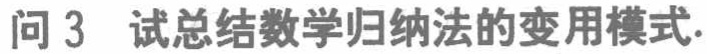
问 3  试总结数学归纳法的变用模式.